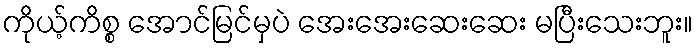
ကိုယ့်ကိစ္စ အောင်မြင်မှပဲ အေးအေးဆေးဆေး မပြီးသေးဘူး။